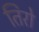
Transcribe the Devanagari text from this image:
तिरो